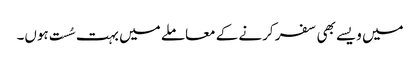
میں ویسے بھی سفر کرنے کے معاملے میں بہت سُست ہوں۔